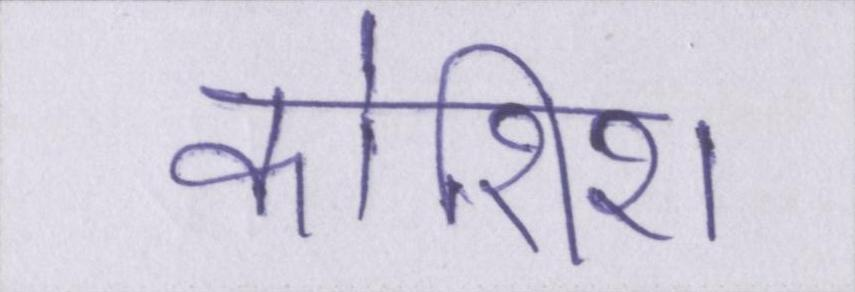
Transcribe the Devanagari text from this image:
कोशिश